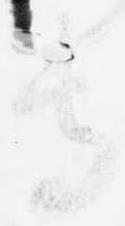
寺